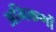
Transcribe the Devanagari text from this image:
अभिकणों